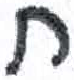
אות: ח